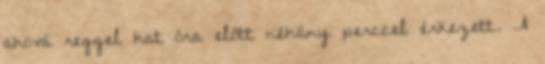
ahová reggel hat óra előtt néhány perccel érkezett. A